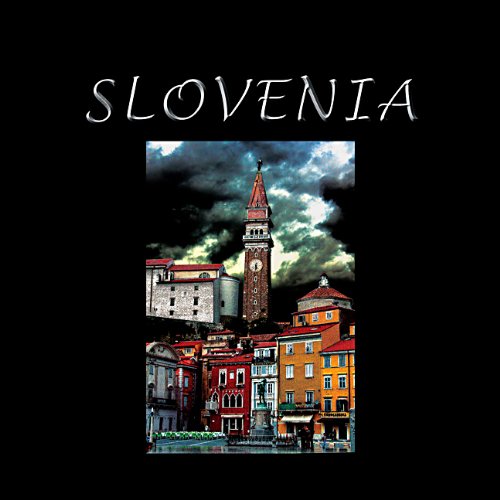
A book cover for Slovenia; Dean A Crawford; Travel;